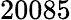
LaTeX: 20085